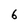
Character: 6